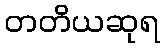
တတိယဆုရ